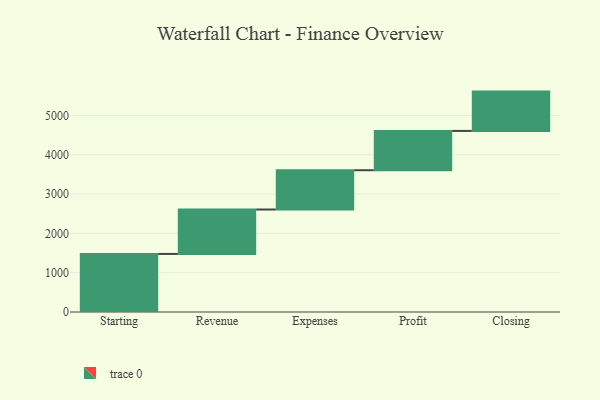
{"axis": {"x": "Step", "y": "Value"}, "legend": [""], "data": [{"x": "Starting", "y": 1477.0, "type": ""}, {"x": "Revenue", "y": 1130.0, "type": ""}, {"x": "Expenses", "y": 1000, "type": ""}, {"x": "Profit", "y": 1000, "type": ""}, {"x": "Closing", "y": 1000, "type": ""}]}